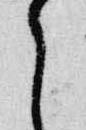
之